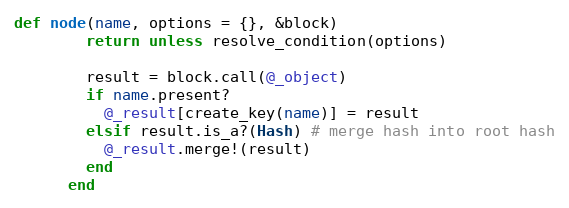
Language: Ruby
def node(name, options = {}, &block)
        return unless resolve_condition(options)

        result = block.call(@_object)
        if name.present?
          @_result[create_key(name)] = result
        elsif result.is_a?(Hash) # merge hash into root hash
          @_result.merge!(result)
        end
      end